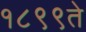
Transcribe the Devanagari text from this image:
१८९९ते